Enquiry on enteric fever in India - Number 32
Disease focus: Fever
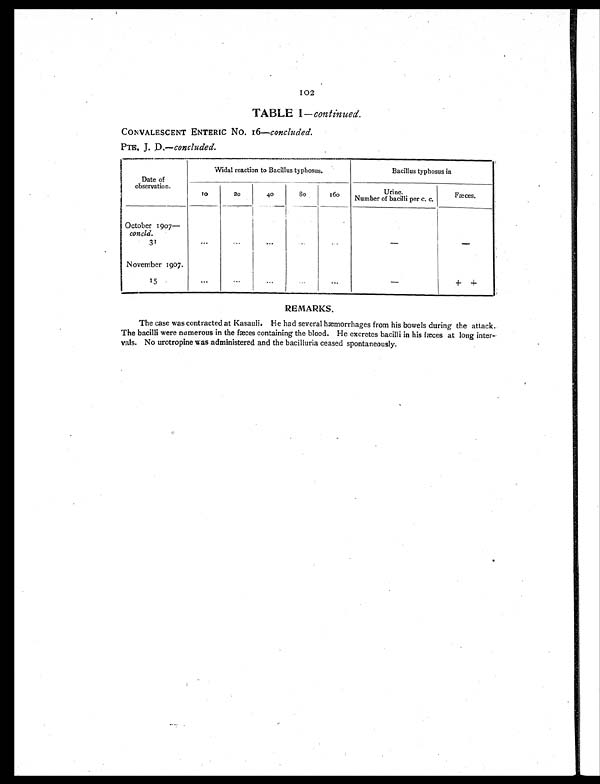
102
TABLE I—continued.
CONVALESCENT ENTERIC No. 16— concluded.
PTE. T. D.— concluded.
Date of
observation.
Widal reaction to Bacillus typhosus.
Bacillus typhosus in
1 0
2 0
4 0
8 0
1 6 0
Urine.
Number of bacilli per c. c.
Fæces.
October 1907—
cancld.
31
... ... ... ... ...
-
-
November 1907.
15
...
...
...
...
...
-
+ . +
REMARKS.
The case was contracted at Kasauli. He had several hæmorrhages from his bowels during the attack.
The bacilli were numerous in the faeces containing the blood. He excretes bacilli in his fæces at long inter-
vals. No urotropine was administered and the bacilluria ceased spontaneously.